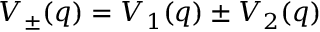
V _ { \pm } ( q ) = V _ { 1 } ( q ) \pm V _ { 2 } ( q )